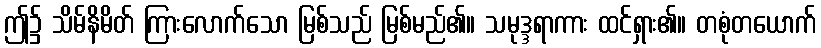
ဤ၌ သိမ်နိမိတ် ကြားလောက်သော မြစ်သည် မြစ်မည်၏။ သမုဒ္ဒရာကား ထင်ရှား၏။ တစုံတယောက်